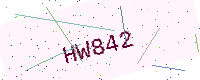
Text: HW842